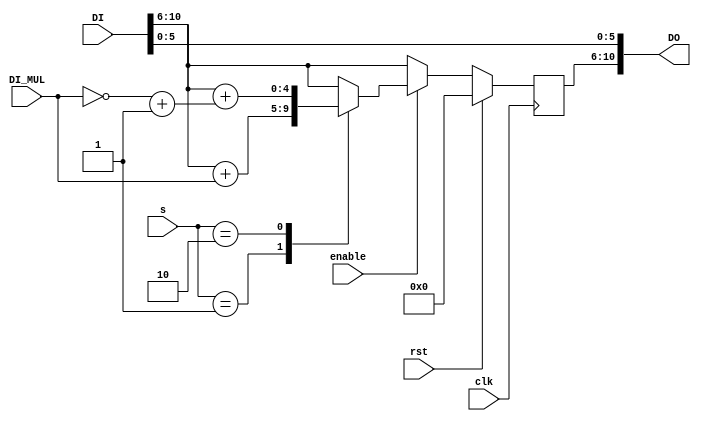
/**********************************************************************************************
 * Project Name       : Multiplexor sel 2
 * Module description : 
 * Target             : 5CSXFC6D6F31C6
 **********************************************************************************************/

module Accumulator #(parameter  WIDTH = 11, parameter WIDTH_ACC = 5, parameter WIDTH_MUL = 5)
(
    input                  clk,
    input                  rst,
    input  [WIDTH-1:0]     DI,
    input  [WIDTH_MUL-1:0] DI_MUL,
    input                  enable,
    input  [1:0]           s,
    output [WIDTH-1:0]     DO
);

reg [WIDTH_ACC-1:0] tmp;

localparam [1:0] B_01 = 2'b01;
localparam [1:0] B_10 = 2'b10;

always @(posedge clk) 
    begin
        if (rst) 
            begin
                tmp <= 5'b00000;
            end
        else
            begin
                if (enable) 
                    begin
                        case (s)
                            B_01: 
                                begin
                                    tmp <= (DI[WIDTH-1:WIDTH_ACC+1] + DI_MUL[WIDTH_MUL-1:0]);
                                end
                            B_10:
                                begin
                                    tmp <= (DI[WIDTH-1:WIDTH_ACC+1] + (~(DI_MUL[WIDTH_MUL-1:0]) + 1'b1));
                                end 
                            default: 
                                begin
                                    tmp <= DI[WIDTH-1:WIDTH_ACC+1];
                                end
                        endcase
                    end
                else
                    begin
                        tmp <= DI[WIDTH-1:WIDTH_ACC+1];
                    end
            end
    end

assign DO = {tmp, DI[WIDTH_ACC:1],DI[0]};

endmodule